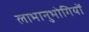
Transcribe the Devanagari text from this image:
लाभानुभोगियों